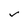
Character: v